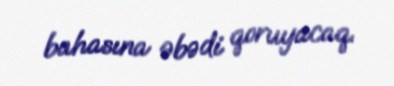
bahasına əbədi qoruyacaq.